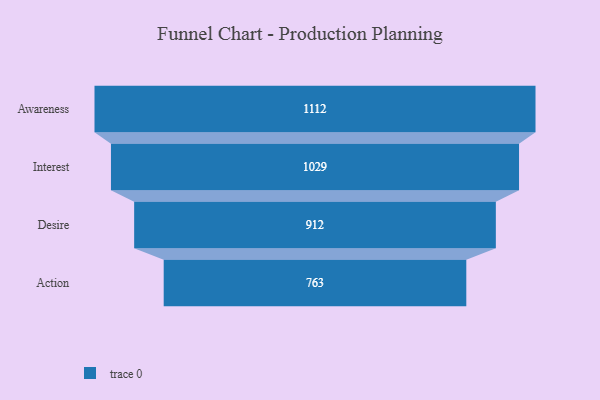
{"axis": {"x": "Stage", "y": "Value"}, "legend": [""], "data": [{"x": "Awareness", "y": 1112.0, "type": ""}, {"x": "Interest", "y": 1029.0, "type": ""}, {"x": "Desire", "y": 912.0, "type": ""}, {"x": "Action", "y": 763.0, "type": ""}]}